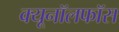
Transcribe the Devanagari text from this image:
क्यूनॉलफॉस